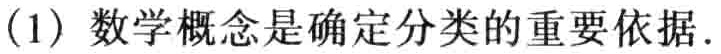
（1）数学概念是确定分类的重要依据.